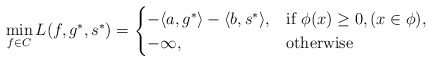
\begin{align*}\min_{f\in C}L(f, g^*, s^*) =\begin{cases}-\langle a, g^*\rangle - \langle b, s^*\rangle, & \mbox{if } \phi(x) \geq 0, ( x\in\phi),\\ -\infty, & \mbox{otherwise}\end{cases}\end{align*}